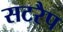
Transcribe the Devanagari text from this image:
सटरैप